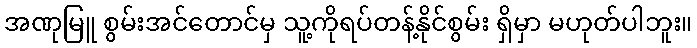
အဏုမြူ စွမ်းအင်တောင်မှ သူ့ကိုရပ်တန့်နိုင်စွမ်း ရှိမှာ မဟုတ်ပါဘူး။